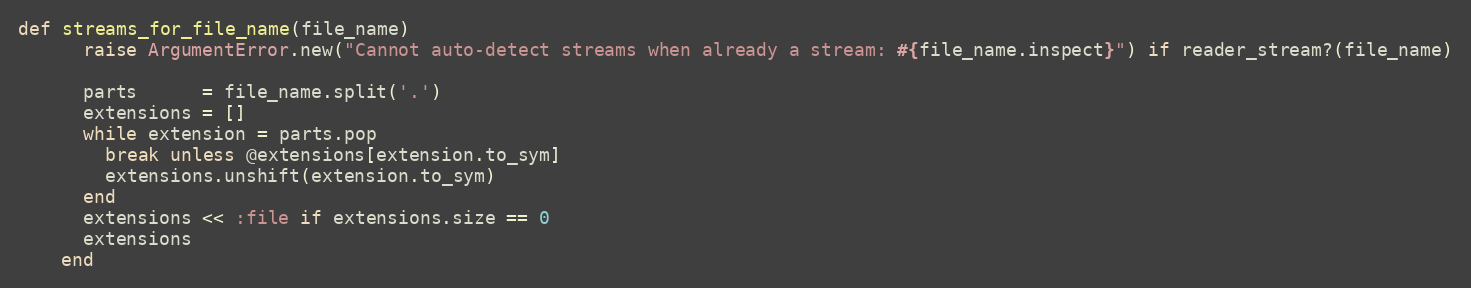
Language: Ruby
def streams_for_file_name(file_name)
      raise ArgumentError.new("Cannot auto-detect streams when already a stream: #{file_name.inspect}") if reader_stream?(file_name)

      parts      = file_name.split('.')
      extensions = []
      while extension = parts.pop
        break unless @extensions[extension.to_sym]
        extensions.unshift(extension.to_sym)
      end
      extensions << :file if extensions.size == 0
      extensions
    end